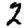
Digit: 2